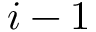
i - 1